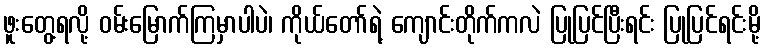
ဖူးတွေ့ရလို့ ဝမ်းမြောက်ကြမှာပါပဲ၊ ကိုယ်တော်ရဲ့ ကျောင်းတိုက်ကလဲ ပြုပြင်ပြီးရင်း ပြုပြင်ရင်းမို့